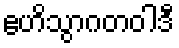
ဧဟိသွာဂတဝါဒီ